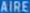
AIRE